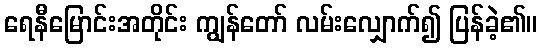
ရေနီမြောင်းအတိုင်း ကျွန်တော် လမ်းလျှောက်၍ ပြန်ခဲ့၏။